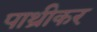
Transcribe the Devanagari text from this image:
पाथ्रीकर